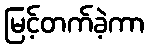
မြင့်တက်ခဲ့ကာ